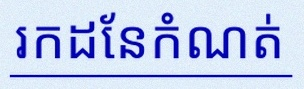
រកដែនកំណត់